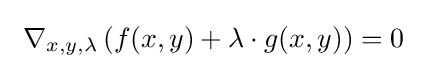
\ \nabla _{x,y,\lambda }\left(f(x,y)+\lambda \cdot g(x,y)\right)=0\